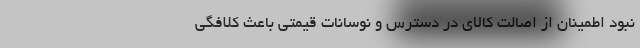
نبود اطمینان از اصالت کالای در دسترس و نوسانات قیمتی باعث کلافگی